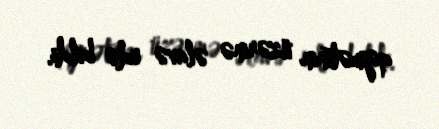
qiymətinin üzərinə əlavə edə bildi.